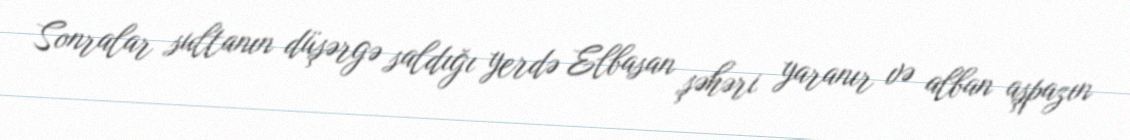
Sonralar sultanın düşərgə saldığı yerdə Elbasan şəhəri yaranır və alban aşpazın